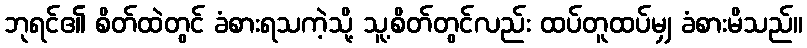
ဘုရင်၏ စိတ်ထဲတွင် ခံစားရသကဲ့သို့ သူ့စိတ်တွင်လည်း ထပ်တူထပ်မျှ ခံစားမိသည်။